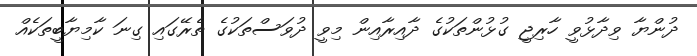
ދުންޔާ ވިދާޅުވީ ހާރިޖީ ގުޅުންތަކުގެ ދާއިރާއިން މިވީ ދުވަސްތަކުގެ ތެރޭގައި ގިނަ ކާމިޔާބީތަކެއް